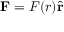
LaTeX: \mathbf { F } = F ( r ) { \hat { \mathbf { r } } }